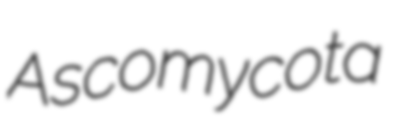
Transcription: Ascomycota